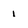
Character: 1